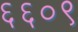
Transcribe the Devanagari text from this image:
६६०९